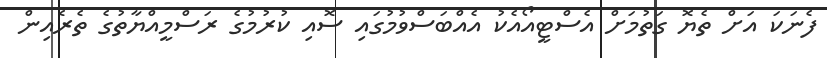
ފެނަކަ އަށް ތެޔޮ ގަތުމަށް އެސްޓީއޯއެކު އެއްބަސްވުމުގައި ސޮއި ކުރުމުގެ ރަސްމީއްޔާތުގެ ތެރެެއިން